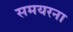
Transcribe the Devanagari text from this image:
समयरना